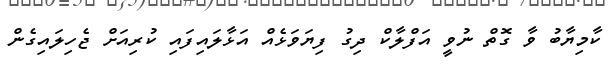
ކާމިޔާބު ވާ ގޮތް ނުވީ އަފްލާކް ދިގު ފިޔަވަޅެއް އަޅާލައިފައި ކުރިއަށް ޖެހިލައިގެން